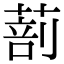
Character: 𦵿